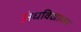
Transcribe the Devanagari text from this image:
अंधविद्यालय